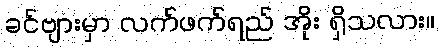
ခင်ဗျားမှာ လက်ဖက်ရည် အိုး ရှိသလား။